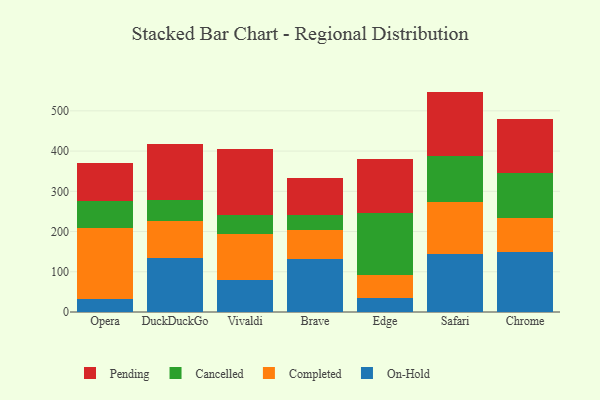
{"axis": {"x": "Browser", "y": "Customer Acquisition Cost (USD)"}, "legend": ["Cancelled", "Completed", "On-Hold", "Pending"], "data": [{"x": "Opera", "y": 33.0, "type": "On-Hold"}, {"x": "Opera", "y": 174.9, "type": "Completed"}, {"x": "Opera", "y": 67.4, "type": "Cancelled"}, {"x": "Opera", "y": 94.3, "type": "Pending"}, {"x": "DuckDuckGo", "y": 135.1, "type": "On-Hold"}, {"x": "DuckDuckGo", "y": 90.5, "type": "Completed"}, {"x": "DuckDuckGo", "y": 53.4, "type": "Cancelled"}, {"x": "DuckDuckGo", "y": 138.4, "type": "Pending"}, {"x": "Vivaldi", "y": 78.6, "type": "On-Hold"}, {"x": "Vivaldi", "y": 115.3, "type": "Completed"}, {"x": "Vivaldi", "y": 47.1, "type": "Cancelled"}, {"x": "Vivaldi", "y": 163.2, "type": "Pending"}, {"x": "Brave", "y": 132.4, "type": "On-Hold"}, {"x": "Brave", "y": 71.4, "type": "Completed"}, {"x": "Brave", "y": 37.4, "type": "Cancelled"}, {"x": "Brave", "y": 92.9, "type": "Pending"}, {"x": "Edge", "y": 34.7, "type": "On-Hold"}, {"x": "Edge", "y": 58.0, "type": "Completed"}, {"x": "Edge", "y": 152.7, "type": "Cancelled"}, {"x": "Edge", "y": 135.0, "type": "Pending"}, {"x": "Safari", "y": 144.1, "type": "On-Hold"}, {"x": "Safari", "y": 129.0, "type": "Completed"}, {"x": "Safari", "y": 115.6, "type": "Cancelled"}, {"x": "Safari", "y": 159.2, "type": "Pending"}, {"x": "Chrome", "y": 149.8, "type": "On-Hold"}, {"x": "Chrome", "y": 83.6, "type": "Completed"}, {"x": "Chrome", "y": 111.0, "type": "Cancelled"}, {"x": "Chrome", "y": 134.5, "type": "Pending"}]}